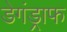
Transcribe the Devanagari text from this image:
डेगंड्राफ